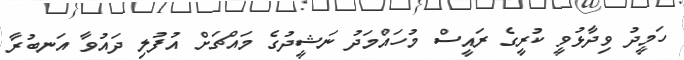
ހަމީދު ވިދާޅުވީ ކުރީގެ ރައީސް މުހައްމަދު ނަޝީދުގެ މައްޗަށް އުފުލި ދައުވާ އަނބުރާ